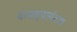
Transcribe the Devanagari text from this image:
वाजल्यानंतरच